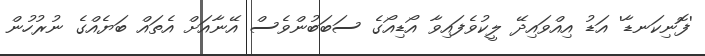
'ފޮނިކަނޑާ' އަޑު އިއްވައިދޭ ލީކުވެފައިވާ އޯޑިއޯގެ ސަބަބުންވެސް އޭނާއަށް އެތައް ބަޔެއްގެ ނުރުހުން